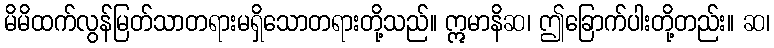
မိမိထက်လွန်မြတ်သာတရားမရှိသောတရားတို့သည်။ ဣမာနိဆ၊ ဤခြောက်ပါးတို့တည်း။ ဆ၊